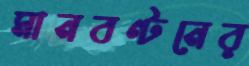
মানবণ্টনের